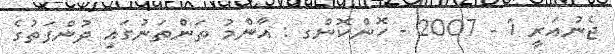
ޖެނުއަރީ 1 - 2007 - ހޮންކޮންގ : އާންމު ތަންތަނުގައި ދުންފަތުގެ